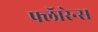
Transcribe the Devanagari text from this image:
फ्लॅारेन्स